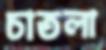
চাতলা